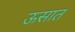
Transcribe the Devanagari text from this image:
ऊसात